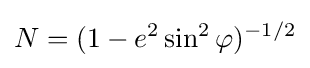
N=(1-e^{2}\sin ^{2}\varphi )^{-1/2}